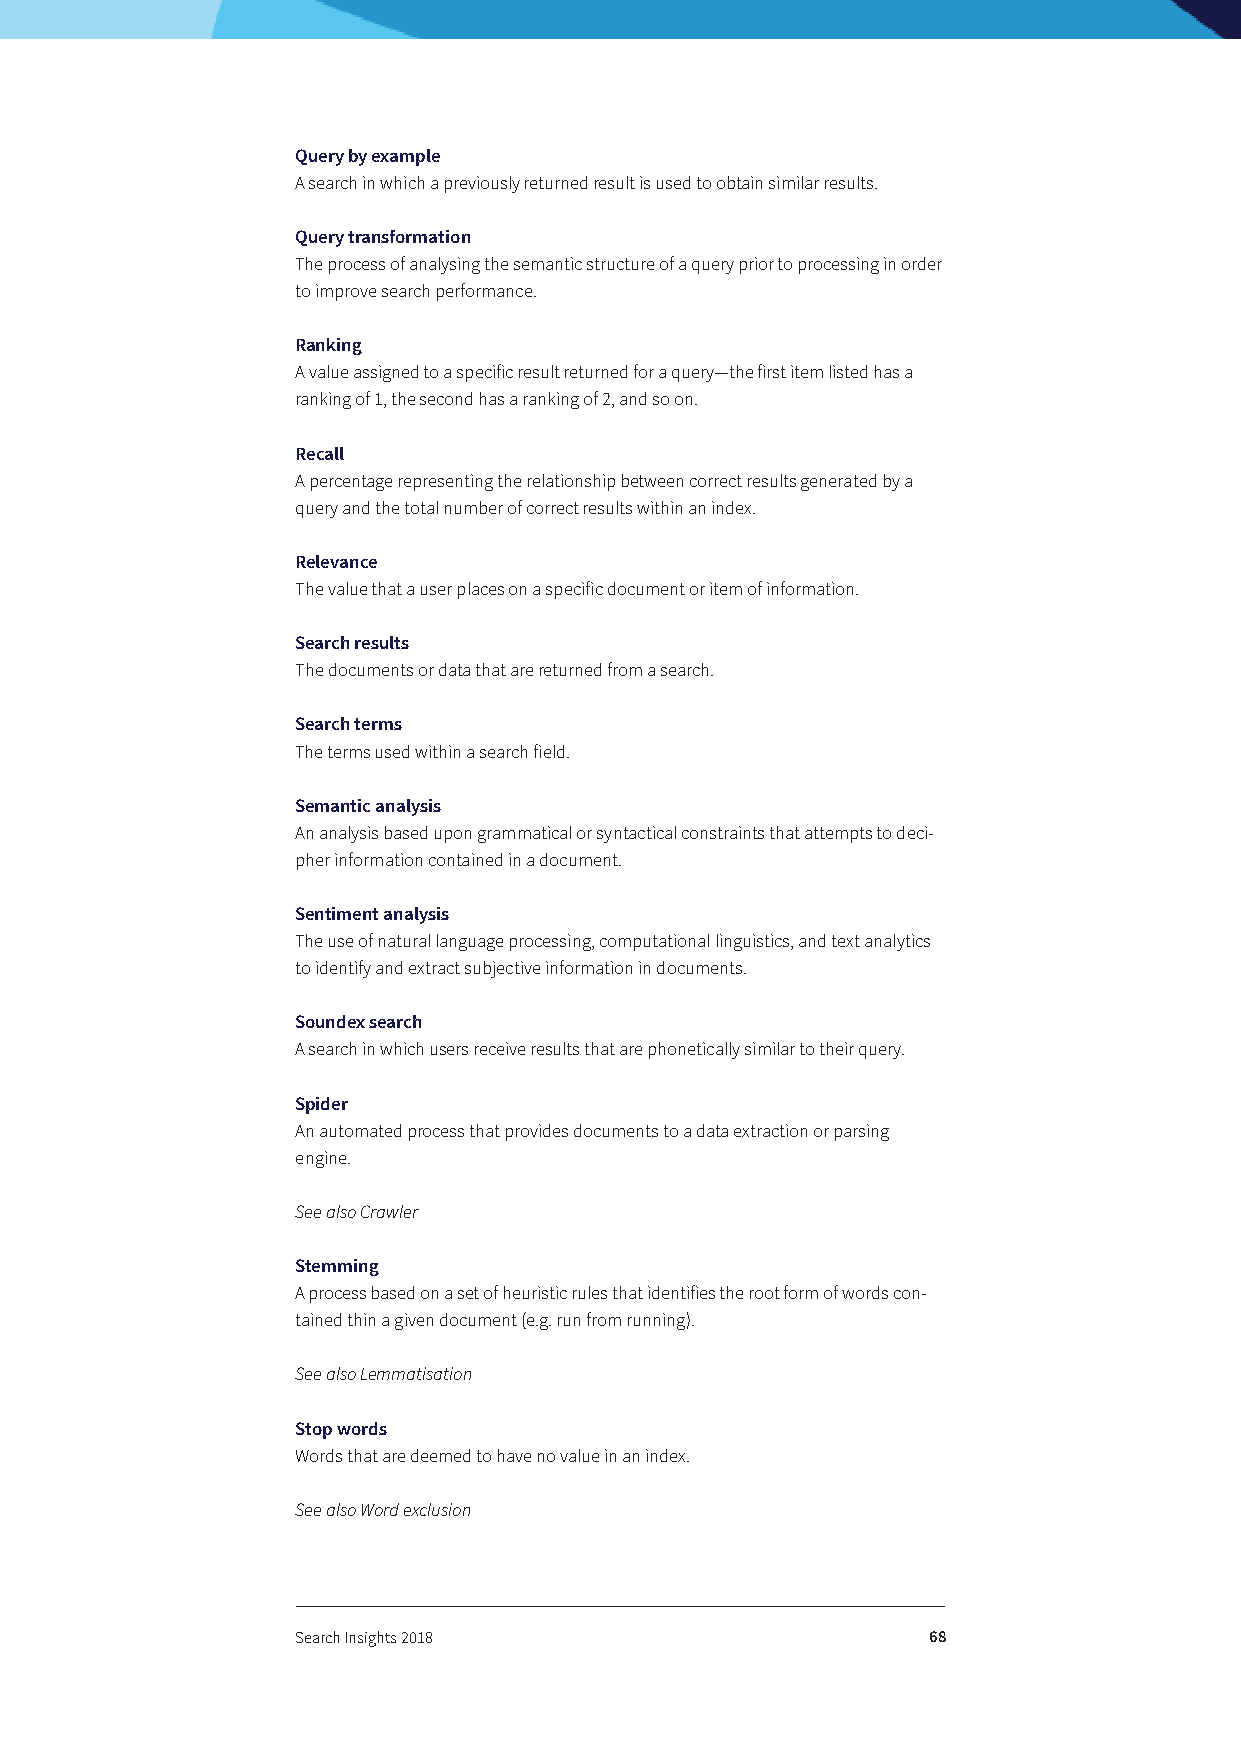
Query by example
 A search in which a previously returned result is used to obtain similar results.
 Query transformation
 The process of analysing the semantic structure of a query prior to processing in order
 to improve search performance.
 Ranking
 A value assigned to a specific result returned for a query—the first item listed has a
 ranking of 1, the second has a ranking of 2, and so on.
 Recall
 A percentage representing the relationship between correct results generated by a
 query and the total number of correct results within an index.
 Relevance
 The value that a user places on a specific document or item of information.
 Search results
 The documents or data that are returned from a search.
 Search terms
 The terms used within a search field.
 Semantic analysis
 An analysis based upon grammatical or syntactical constraints that attempts to deci-
 pher information contained in a document.
 Sentiment analysis
 The use of natural language processing, computational linguistics, and text analytics
 to identify and extract subjective information in documents.
 Soundex search
 A search in which users receive results that are phonetically similar to their query.
 Spider
 An automated process that provides documents to a data extraction or parsing
 engine.
 See also Crawler
 Stemming
 A process based on a set of heuristic rules that identifies the root form of words con-
 tained thin a given document (e.g. run from running).
 See also Lemmatisation
 Stop words
 Words that are deemed to have no value in an index.
 See also Word exclusion
 Search Insights 2018                     68